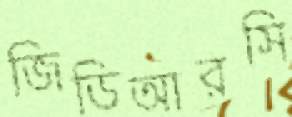
জিডিআরসি